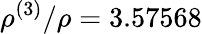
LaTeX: \rho^{(3)}/\rho=3.57568